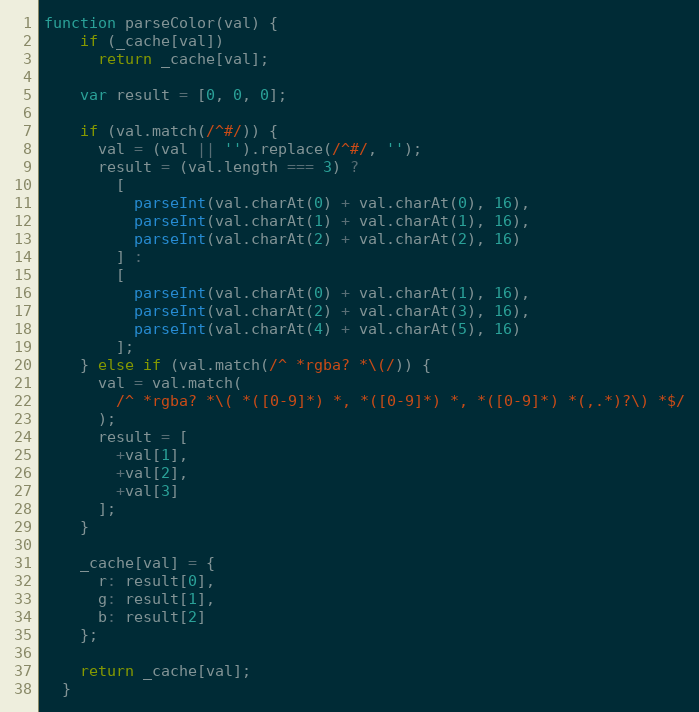
Language: JavaScript
function parseColor(val) {
    if (_cache[val])
      return _cache[val];

    var result = [0, 0, 0];

    if (val.match(/^#/)) {
      val = (val || '').replace(/^#/, '');
      result = (val.length === 3) ?
        [
          parseInt(val.charAt(0) + val.charAt(0), 16),
          parseInt(val.charAt(1) + val.charAt(1), 16),
          parseInt(val.charAt(2) + val.charAt(2), 16)
        ] :
        [
          parseInt(val.charAt(0) + val.charAt(1), 16),
          parseInt(val.charAt(2) + val.charAt(3), 16),
          parseInt(val.charAt(4) + val.charAt(5), 16)
        ];
    } else if (val.match(/^ *rgba? *\(/)) {
      val = val.match(
        /^ *rgba? *\( *([0-9]*) *, *([0-9]*) *, *([0-9]*) *(,.*)?\) *$/
      );
      result = [
        +val[1],
        +val[2],
        +val[3]
      ];
    }

    _cache[val] = {
      r: result[0],
      g: result[1],
      b: result[2]
    };

    return _cache[val];
  }